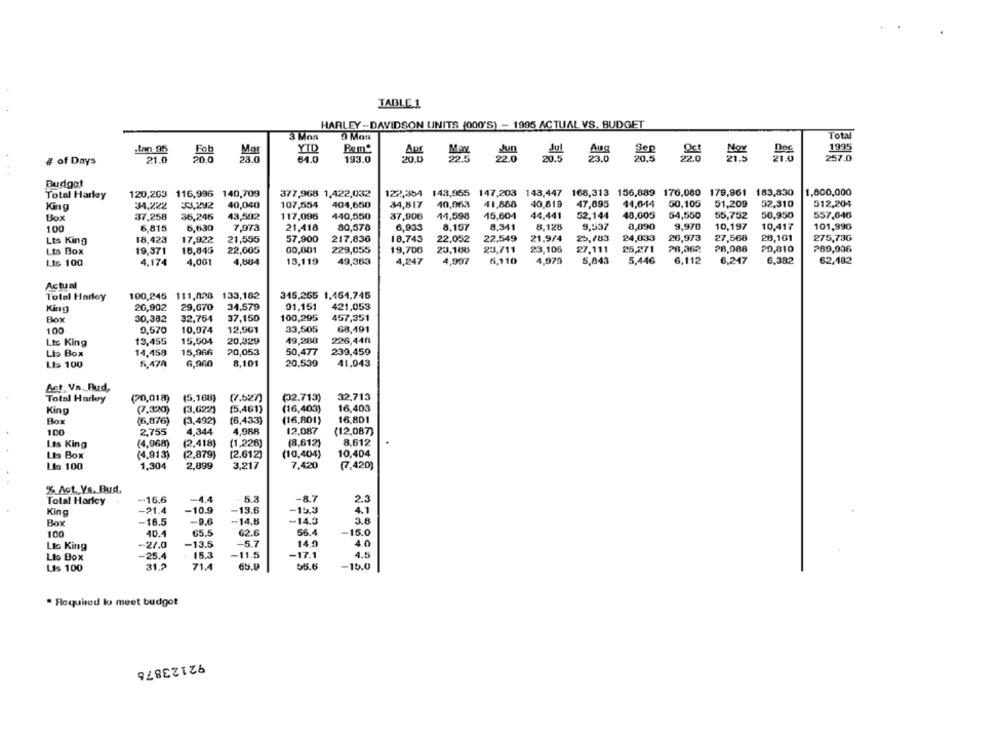
TABLE 1
HARLEY-DAVIDSON UNITS (000'S) - 1995 ACTUAL VS. BUDGET
3 Mos
9 Moss
Total
Apr
Jun
1995
Fob
YID
Jul
# of Days
21.0
50.0
64.0
193.0
20.0
22.5
22.0
20.5
20.5
257.0
Budget
120,263 116,996 140,709
377,968 1,422,032
122,354 143,955 147,203 143,447 168,313 156,889 176,080 179,961 183,830
1,800,000
Total Harley
King
34,222
33,292
40,040
107,554
404,650
34,817
40,963
41,888
40,819
47,895
11,644
50,105
51,209
52,310
512,204
37,258
36,246
43,502
117,096
440,550
37,906
14,598
15,604
44,441
52,144
48,005
54,550
55,752
50,950
557,646
Box
100
6,815
6,630
7,073
21,418
80,570
6,933
8,157
8,341
8,128
9,537
8,890
9,970
10,197
10,417
101,996
57,900
18,743
22,549
21,974
25,783
24,033
26,973
27,568
28,161
275,736
Lts King
18,423
17,922
21,555
217,836
22,052
Lts Box
19.371
16,845
22,005
00,001
229,055
19,706
23,108
23,711
23,105
27,111
25,271
28,362
28,088
20,810
289,036
6,110
4,970
5,843
5,446
6,112
6,247
6,382
Lts 100
4,174
4,001
4,884
13,119
49,363
4,247
4,997
62,182
Actual
Totel Harley
100,245 111,828 133,182
315,255 1,464,745
King
26,902
29,670
34,579
01.151
421,053
Box
30,382
32,754
37,150
100,295
457,351
100
0,570
10,074
12,961
33,505
68,491
Ltc King
13,455
15,504
20,329
49,288
226,448
Lts Box
14,458
15,966
20,053
50,477
239,459
Lts 100
5,478
6,960
8,101
20,539
41,043
Bet, Va. Bud,
Total Harley
(20,018) (5.168)
(7,627)
(32.713)
32,713
(7.320)
(3,622)
(5,461)
(16,403)
16,403
King
Box
(6,876)
(3,492)
(6,433)
(16.801)
16,801
100
2,755
4,344
4,988
12.087
(12,087)
Lts King
(4,968)
(2,418)
(1,226)
(8.612)
8,612
10,404
Lts Box
(4,913)
(2,879)
[2,612)
(10,404)
Lis 100
1,304
2,899
3,217
7,420
(7,420)
% Act. Vs. Bud.
+16.6
-4.4
5.3
-8.7
2.3
Total Harley
King
-21.4
-10.9
-13.6
-15.3
4.1
-- 14.8
-14.3
3.8
Box
-16.5
-9.6
100
40.4
65.5
62.6
56.4
-15.0
Lis King
-27.0
-13.5
-5.7
14.9
4.0
Lis Box
-25.4
15.3
-11.5
-17.1
4.5
Lis 100
31.2
71.4
65.9
55.6
-15.0
. Required to meet budget
92123876